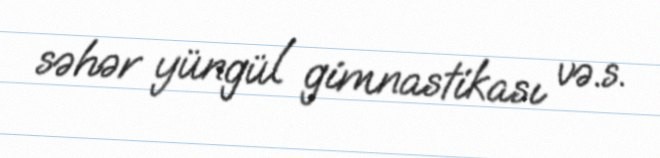
səhər yüngül gimnastikası və.s.